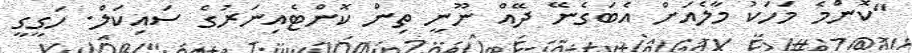
"ކޮންމެ މަހަކު މާލެއަށް އެބަގެނޭ ދޭއް ނޫނީ ތިން ކޮންޓެއިނަރުގެ ސައިކަލް. ހަގީގީ